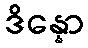
ဒိန္နော